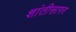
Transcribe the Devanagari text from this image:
शांतीसागर